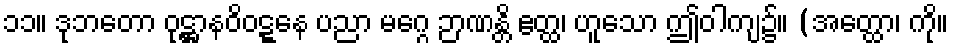
၁၁။ ဒုဘတော ဝုဋ္ဌာနဝိဝဋ္ဋနေ ပညာ မဂ္ဂေ ဉာဏန္တိ ဧတ္ထ၊ ဟူသော ဤဝါကျ၌။ (အတ္ထော၊ ကို။